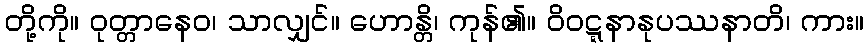
တို့ကို။ ဝုတ္တာနေဝ၊ သာလျှင်။ ဟောန္တိ၊ ကုန်၏။ ဝိဝဋ္ဋနာနုပဿနာတိ၊ ကား။